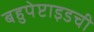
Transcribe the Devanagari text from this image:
बहुपेप्टाइडची